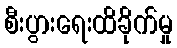
စီးပွားရေးထိခိုက်မှု